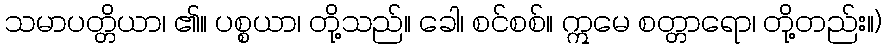
သမာပတ္တိယာ၊ ၏။ ပစ္စယာ၊ တို့သည်။ ခေါ၊ စင်စစ်။ ဣမေ စတ္တာရော၊ တို့တည်း။)